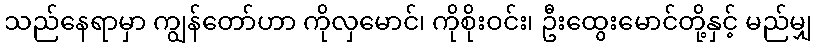
သည်နေရာမှာ ကျွန်တော်ဟာ ကိုလှမောင်၊ ကိုစိုးဝင်း၊ ဦးထွေးမောင်တို့နှင့် မည်မျှ